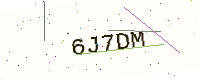
Text: 6J7DM